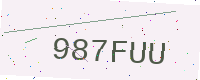
Text: 987FUU